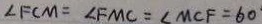
\angle F C M = \angle F M C = \angle M C F = 6 0 ^ { \circ }